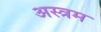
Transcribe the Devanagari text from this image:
अस्त्रम